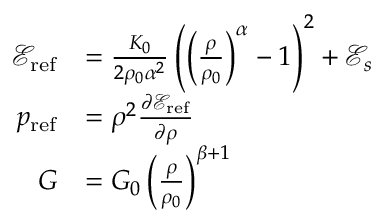
\begin{array} { r l } { \mathscr { E } _ { \mathrm { r e f } } } & { = \frac { K _ { 0 } } { 2 \rho _ { 0 } \alpha ^ { 2 } } \left( \left( \frac { \rho } { \rho _ { 0 } } \right) ^ { \alpha } - 1 \right) ^ { 2 } + \mathscr { E } _ { s } } \\ { p _ { \mathrm { r e f } } } & { = \rho ^ { 2 } \frac { \partial \mathscr { E } _ { \mathrm { r e f } } } { \partial \rho } } \\ { G } & { = G _ { 0 } \left( \frac { \rho } { \rho _ { 0 } } \right) ^ { \beta + 1 } } \end{array}